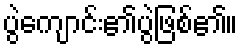
ပွဲကျောင်း၏ပွဲဖြစ်၏။